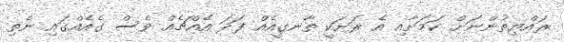
ރައްޔިތުންނަށް ކަމަށާއި އެ ރަށަކީ ތާނގީއެއް ފަދަ އެއްޗެއް ވެސް ގެއެއްގައި ނެތި